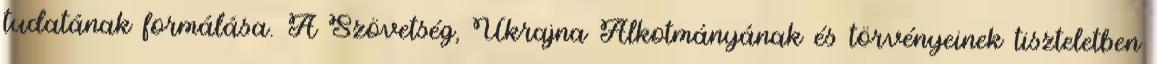
tudatának formálása. A Szövetség, Ukrajna Alkotmányának és törvényeinek tiszteletben